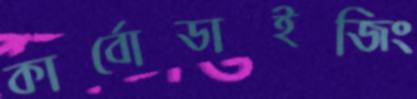
কার্বোডাইজিং